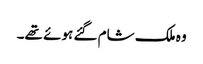
وہ ملک شام گئے ہوئے تھے۔